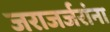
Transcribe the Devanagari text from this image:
जराजर्जरांना